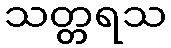
သတ္တရသ